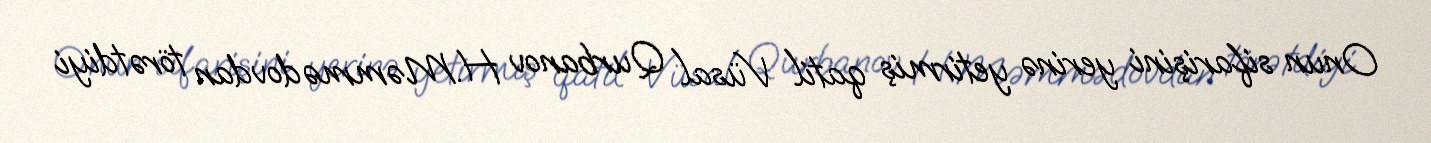
Onun sifarişini yerinə yetirmiş qatil Vüsal Qurbanov H.Məmmədovdan törətdiyi